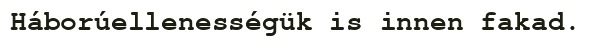
Háborúellenességük is innen fakad.